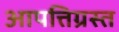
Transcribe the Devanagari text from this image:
आपत्तिग्रस्त